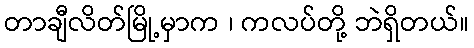
တာချီလိတ်မြို့မှာက ၊ ကလပ်တို့ ဘဲရှိတယ်။